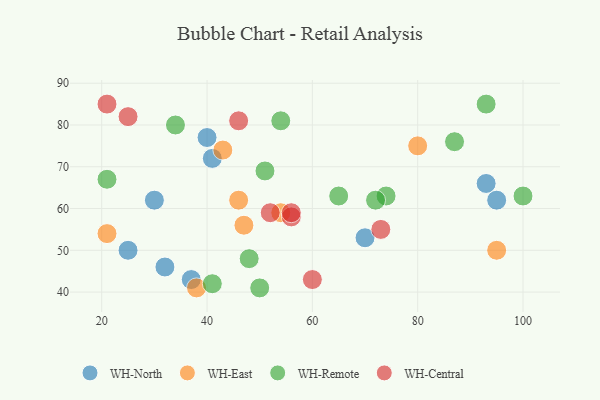
{"axis": {"x": "GDP", "y": "Life Expectancy"}, "legend": ["WH-Central", "WH-East", "WH-North", "WH-Remote"], "data": [{"x": "37", "y": 43, "type": "WH-North"}, {"x": "70", "y": 53, "type": "WH-North"}, {"x": "25", "y": 50, "type": "WH-North"}, {"x": "93", "y": 66, "type": "WH-North"}, {"x": "32", "y": 46, "type": "WH-North"}, {"x": "40", "y": 77, "type": "WH-North"}, {"x": "41", "y": 72, "type": "WH-North"}, {"x": "95", "y": 62, "type": "WH-North"}, {"x": "30", "y": 62, "type": "WH-North"}, {"x": "47", "y": 56, "type": "WH-East"}, {"x": "80", "y": 75, "type": "WH-East"}, {"x": "54", "y": 59, "type": "WH-East"}, {"x": "38", "y": 41, "type": "WH-East"}, {"x": "21", "y": 54, "type": "WH-East"}, {"x": "46", "y": 62, "type": "WH-East"}, {"x": "95", "y": 50, "type": "WH-East"}, {"x": "43", "y": 74, "type": "WH-East"}, {"x": "65", "y": 63, "type": "WH-Remote"}, {"x": "74", "y": 63, "type": "WH-Remote"}, {"x": "21", "y": 67, "type": "WH-Remote"}, {"x": "41", "y": 42, "type": "WH-Remote"}, {"x": "100", "y": 63, "type": "WH-Remote"}, {"x": "72", "y": 62, "type": "WH-Remote"}, {"x": "54", "y": 81, "type": "WH-Remote"}, {"x": "93", "y": 85, "type": "WH-Remote"}, {"x": "48", "y": 48, "type": "WH-Remote"}, {"x": "87", "y": 76, "type": "WH-Remote"}, {"x": "34", "y": 80, "type": "WH-Remote"}, {"x": "50", "y": 41, "type": "WH-Remote"}, {"x": "51", "y": 69, "type": "WH-Remote"}, {"x": "46", "y": 81, "type": "WH-Central"}, {"x": "73", "y": 55, "type": "WH-Central"}, {"x": "56", "y": 58, "type": "WH-Central"}, {"x": "60", "y": 43, "type": "WH-Central"}, {"x": "56", "y": 59, "type": "WH-Central"}, {"x": "25", "y": 82, "type": "WH-Central"}, {"x": "21", "y": 85, "type": "WH-Central"}, {"x": "52", "y": 59, "type": "WH-Central"}]}